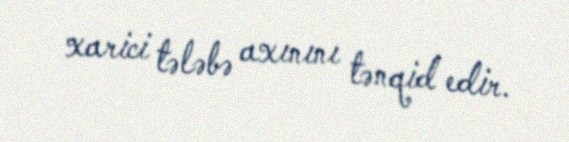
xarici tələbə axınını tənqid edir.